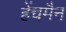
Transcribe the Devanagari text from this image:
हेंचमैन